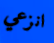
انزعي